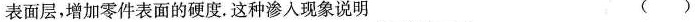
表面层，增加零件表面的硬度。这种渗人现象说明 ( )